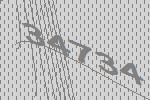
34734